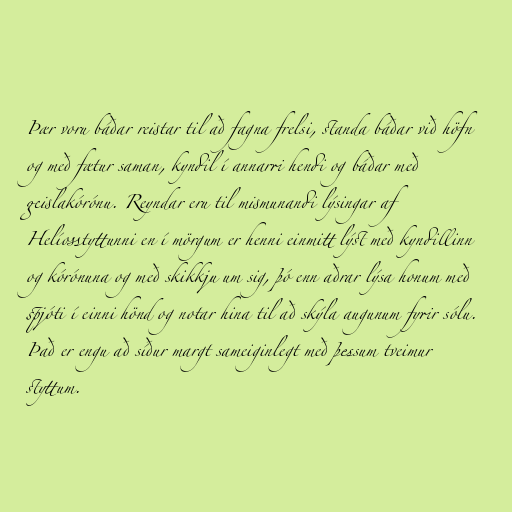
Þær voru báðar reistar til að fagna frelsi, standa báðar við höfn
og með fætur saman, kyndil í annarri hendi og báðar með
geislakórónu. Reyndar eru til mismunandi lýsingar af
Helíosstyttunni en í mörgum er henni einmitt lýst með kyndillinn
og kórónuna og með skikkju um sig, þó enn aðrar lýsa honum með
spjóti í einni hönd og notar hina til að skýla augunum fyrir sólu.
Það er engu að síður margt sameiginlegt með þessum tveimur
styttum.